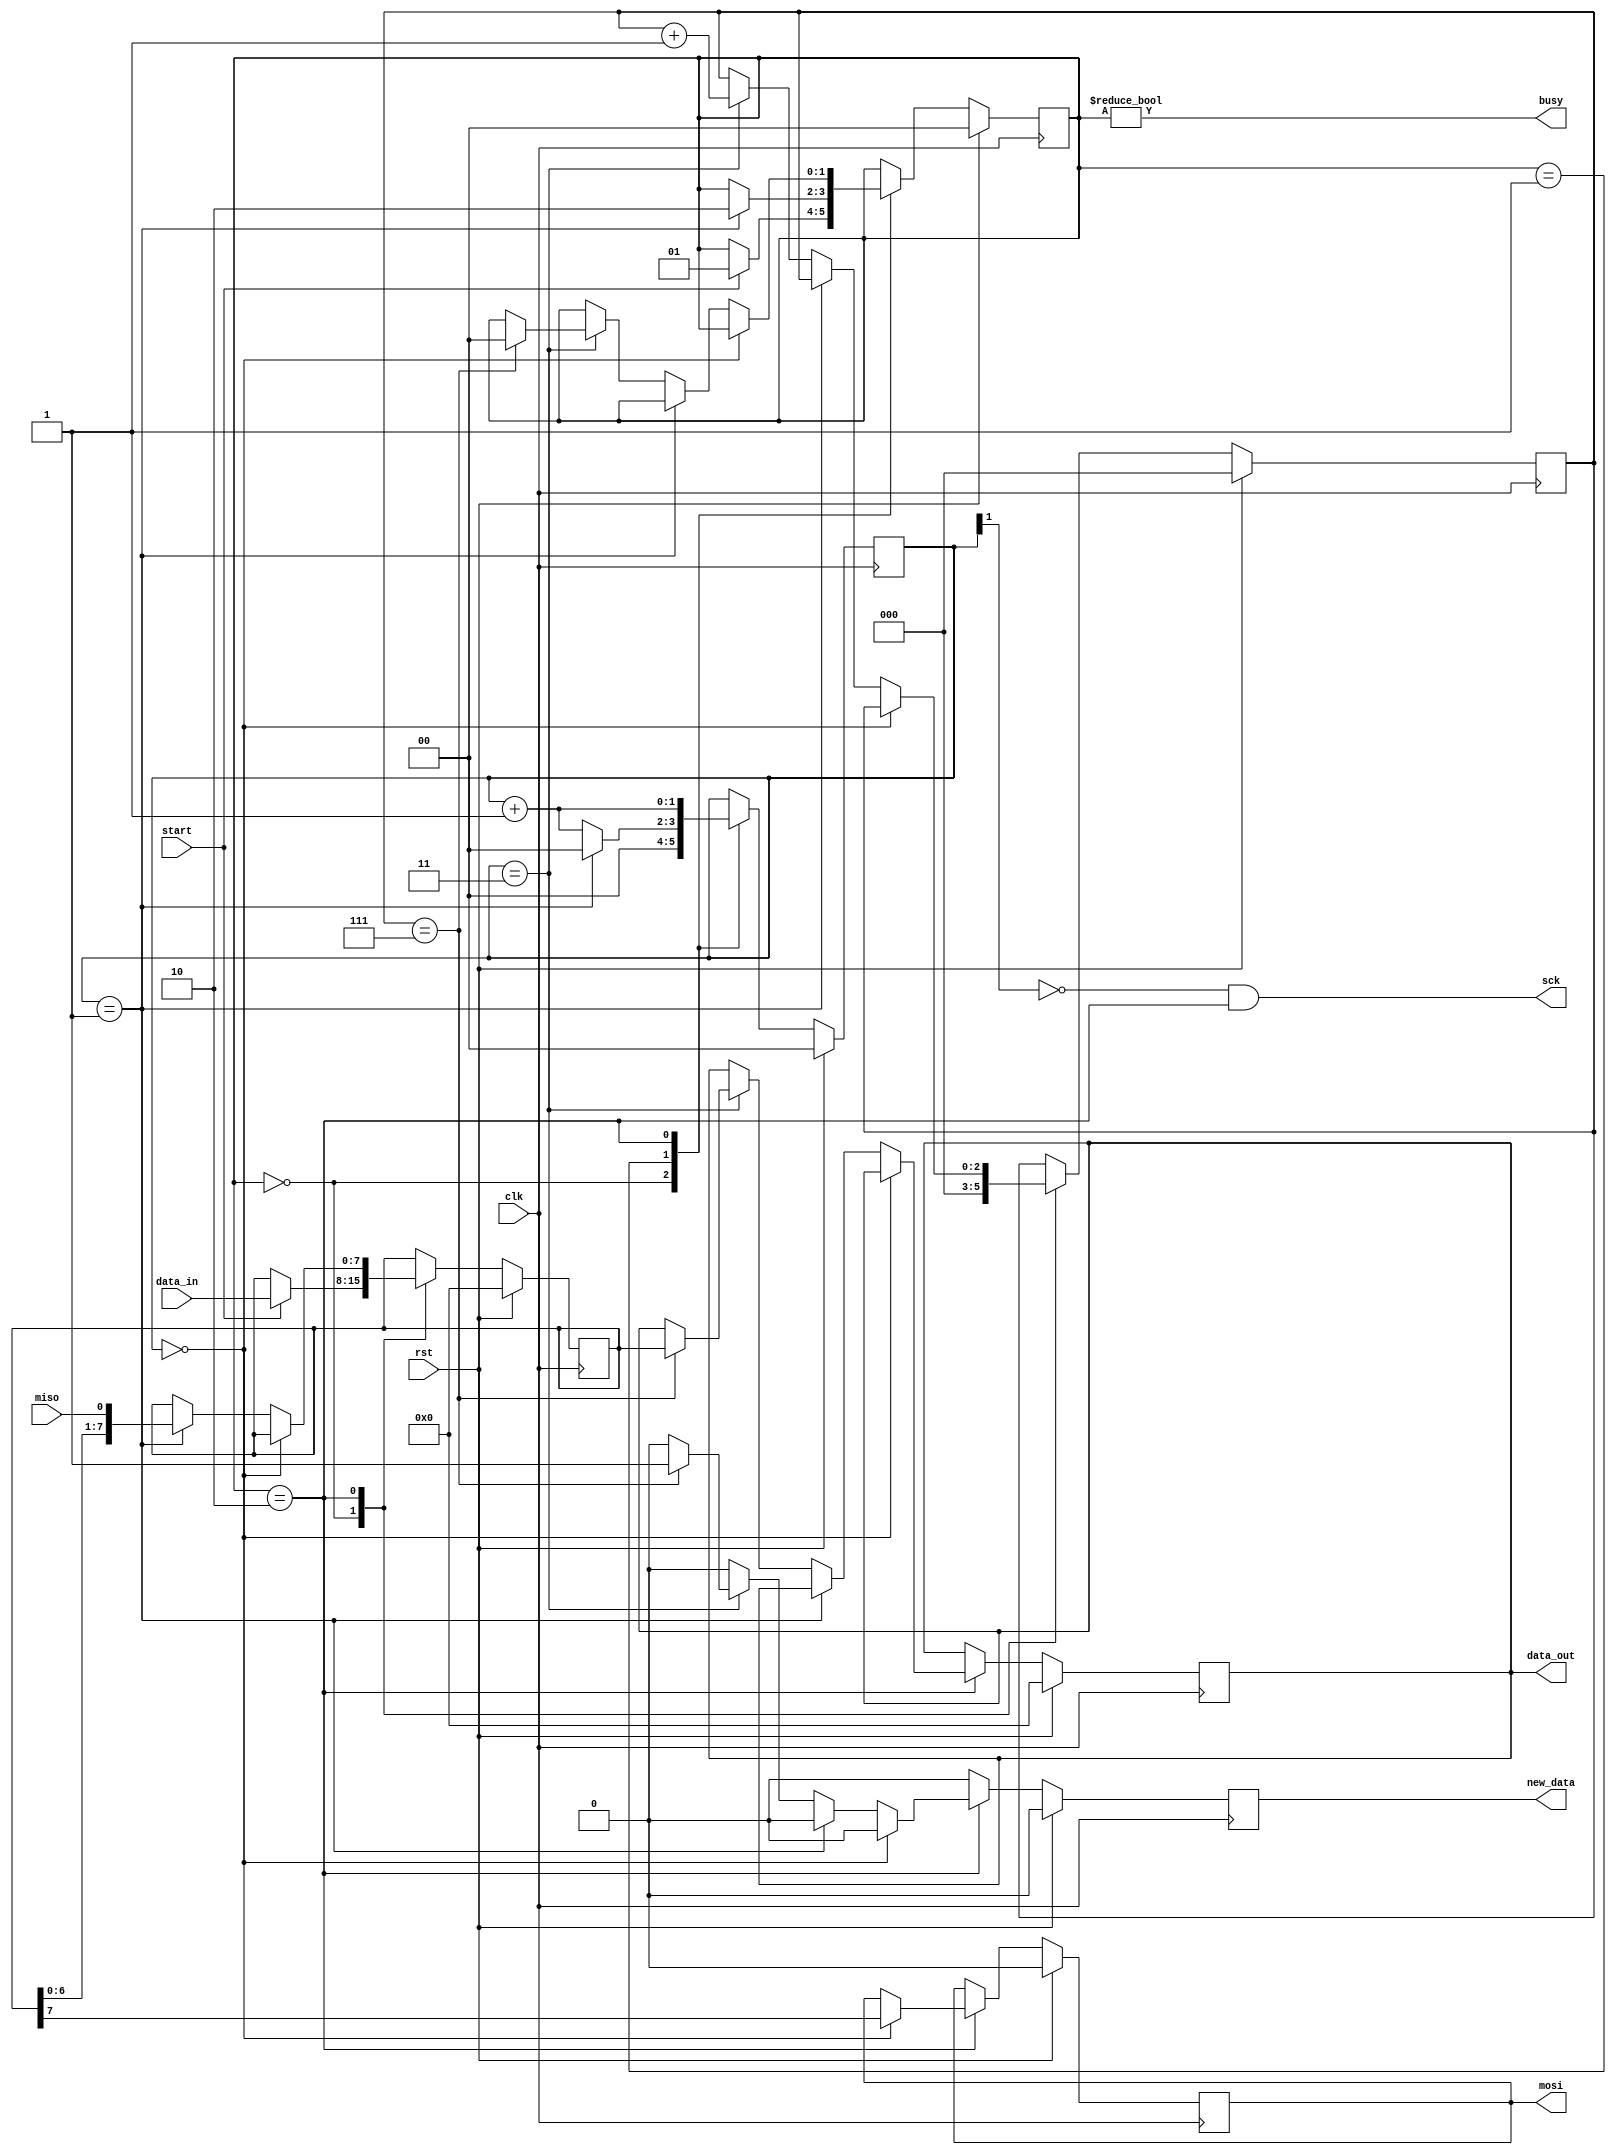
module SPI_Interface #(parameter CLK_DIV = 2)(
        input clk,
        input rst,
        input miso,
        output mosi,
        output sck,
        input start,
        input[7:0] data_in,
        output[7:0] data_out,
        output busy,
        output new_data
    );
     
    localparam STATE_SIZE = 2;
    localparam IDLE = 2'd0,
            WAIT_HALF = 2'd1,
            TRANSFER = 2'd2;
     
    reg [STATE_SIZE-1:0] state_d, state_q;
     
    reg [7:0] data_d, data_q;
    reg [CLK_DIV-1:0] sck_d, sck_q;
    reg mosi_d, mosi_q;
    reg [2:0] ctr_d, ctr_q;
    reg new_data_d, new_data_q;
    reg [7:0] data_out_d, data_out_q;
     
    assign mosi = mosi_q;
    assign sck = (~sck_q[CLK_DIV-1]) & (state_q == TRANSFER);
    assign busy = state_q != IDLE;
    assign data_out = data_out_q;
    assign new_data = new_data_q;
     
    always @(*) begin
        sck_d = sck_q;
        data_d = data_q;
        mosi_d = mosi_q;
        ctr_d = ctr_q;
        new_data_d = 1'b0;
        data_out_d = data_out_q;
        state_d = state_q;
         
        case (state_q)
            IDLE: begin
                sck_d = 4'b0;
                ctr_d = 3'b0;
                if (start == 1'b1) begin
                    data_d = data_in;
                    state_d = WAIT_HALF;
                end
            end
            WAIT_HALF: begin
                sck_d = sck_q + 1'b1;
                if (sck_q == {CLK_DIV-1{1'b1}}) begin
                    sck_d = 1'b0;
                    state_d = TRANSFER;
                end
            end
            TRANSFER: begin
                sck_d = sck_q + 1'b1;
                if (sck_q == 4'b0000) begin
                    mosi_d = data_q[7];
                end else if (sck_q == {CLK_DIV-1{1'b1}}) begin
                    data_d = {data_q[6:0], miso};
                end else if (sck_q == {CLK_DIV{1'b1}}) begin
                    ctr_d = ctr_q + 1'b1;
                    if (ctr_q == 3'b111) begin
                        state_d = IDLE;
                        data_out_d = data_q;
                        new_data_d = 1'b1;
                    end
                end
            end
        endcase
    end
     
    always @(posedge clk) begin
        if (rst) begin
            ctr_q <= 3'b0;
            data_q <= 8'b0;
            sck_q <= 4'b0;
            mosi_q <= 1'b0;
            state_q <= IDLE;
            data_out_q <= 8'b0;
            new_data_q <= 1'b0;
        end else begin
            ctr_q <= ctr_d;
            data_q <= data_d;
            sck_q <= sck_d;
            mosi_q <= mosi_d;
            state_q <= state_d;
            data_out_q <= data_out_d;
            new_data_q <= new_data_d;
        end
    end
     
endmodule